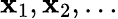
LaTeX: \mathbf{x}_{1},\mathbf{x}_{2},\ldots